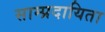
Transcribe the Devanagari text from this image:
साम्प्रदायिता